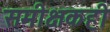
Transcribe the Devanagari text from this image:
समीक्षकही